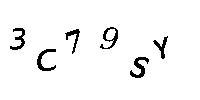
3C79SY